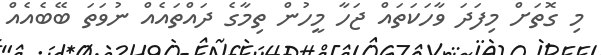
މި ގޮތަށް މިފަދަ ވާހަކަތައް ޖަހާ މީހުން ތިމާގެ ދައްތައެއް ނުވަތަ ބޭބެއެއް